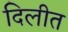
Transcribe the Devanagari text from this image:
दिलीत